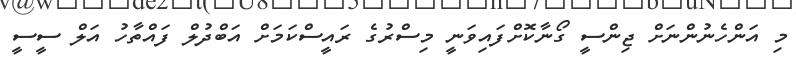
މި އަންހެނުންނަށް ޖިންސީ ގޯނާކޮށްފައިވަނީ މިސްރުގެ ރައީސްކަމަށް އަބްދުލް ފައްތާހު އަލް ސީސީ